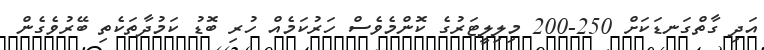
އަދި ގާތްގަނޑަކަށް 250-200 މިލިލީޓަރުގެ ކޮންމެވެސް ހަރުކަމެއް ހުރި ބޮޑު ކަމުދާތަކެތި ބޭރުވެގެން